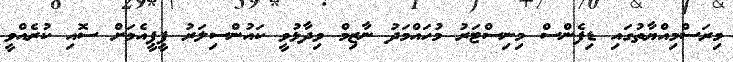
މިރަސްމިއްޔާތުގައި ޑިފެންސް މިނިސްޓަރު މުހައްމަދު ނާޒިމް ވިދާޅުވީ ކައުންސިލަރު ޕީޕީއެމަށް ސޮއި ކުރެއްވީ